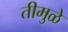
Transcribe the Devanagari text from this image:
तीमुळे